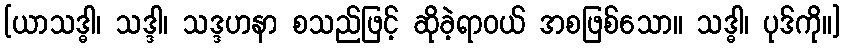
[ယာသဒ္ဓါ၊ သဒ္ဒါ၊ သဒ္ဒဟနာ စသည်ဖြင့် ဆိုခဲ့ရာဝယ် အစဖြစ်သော။ သဒ္ဓါ၊ ပုဒ်ကို။]